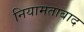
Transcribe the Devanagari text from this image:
नियामताबाद